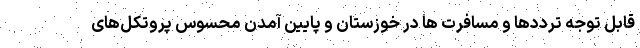
قابل توجه ترددها و مسافرت ها در خوزستان و پایین آمدن محسوس پروتکل‌های